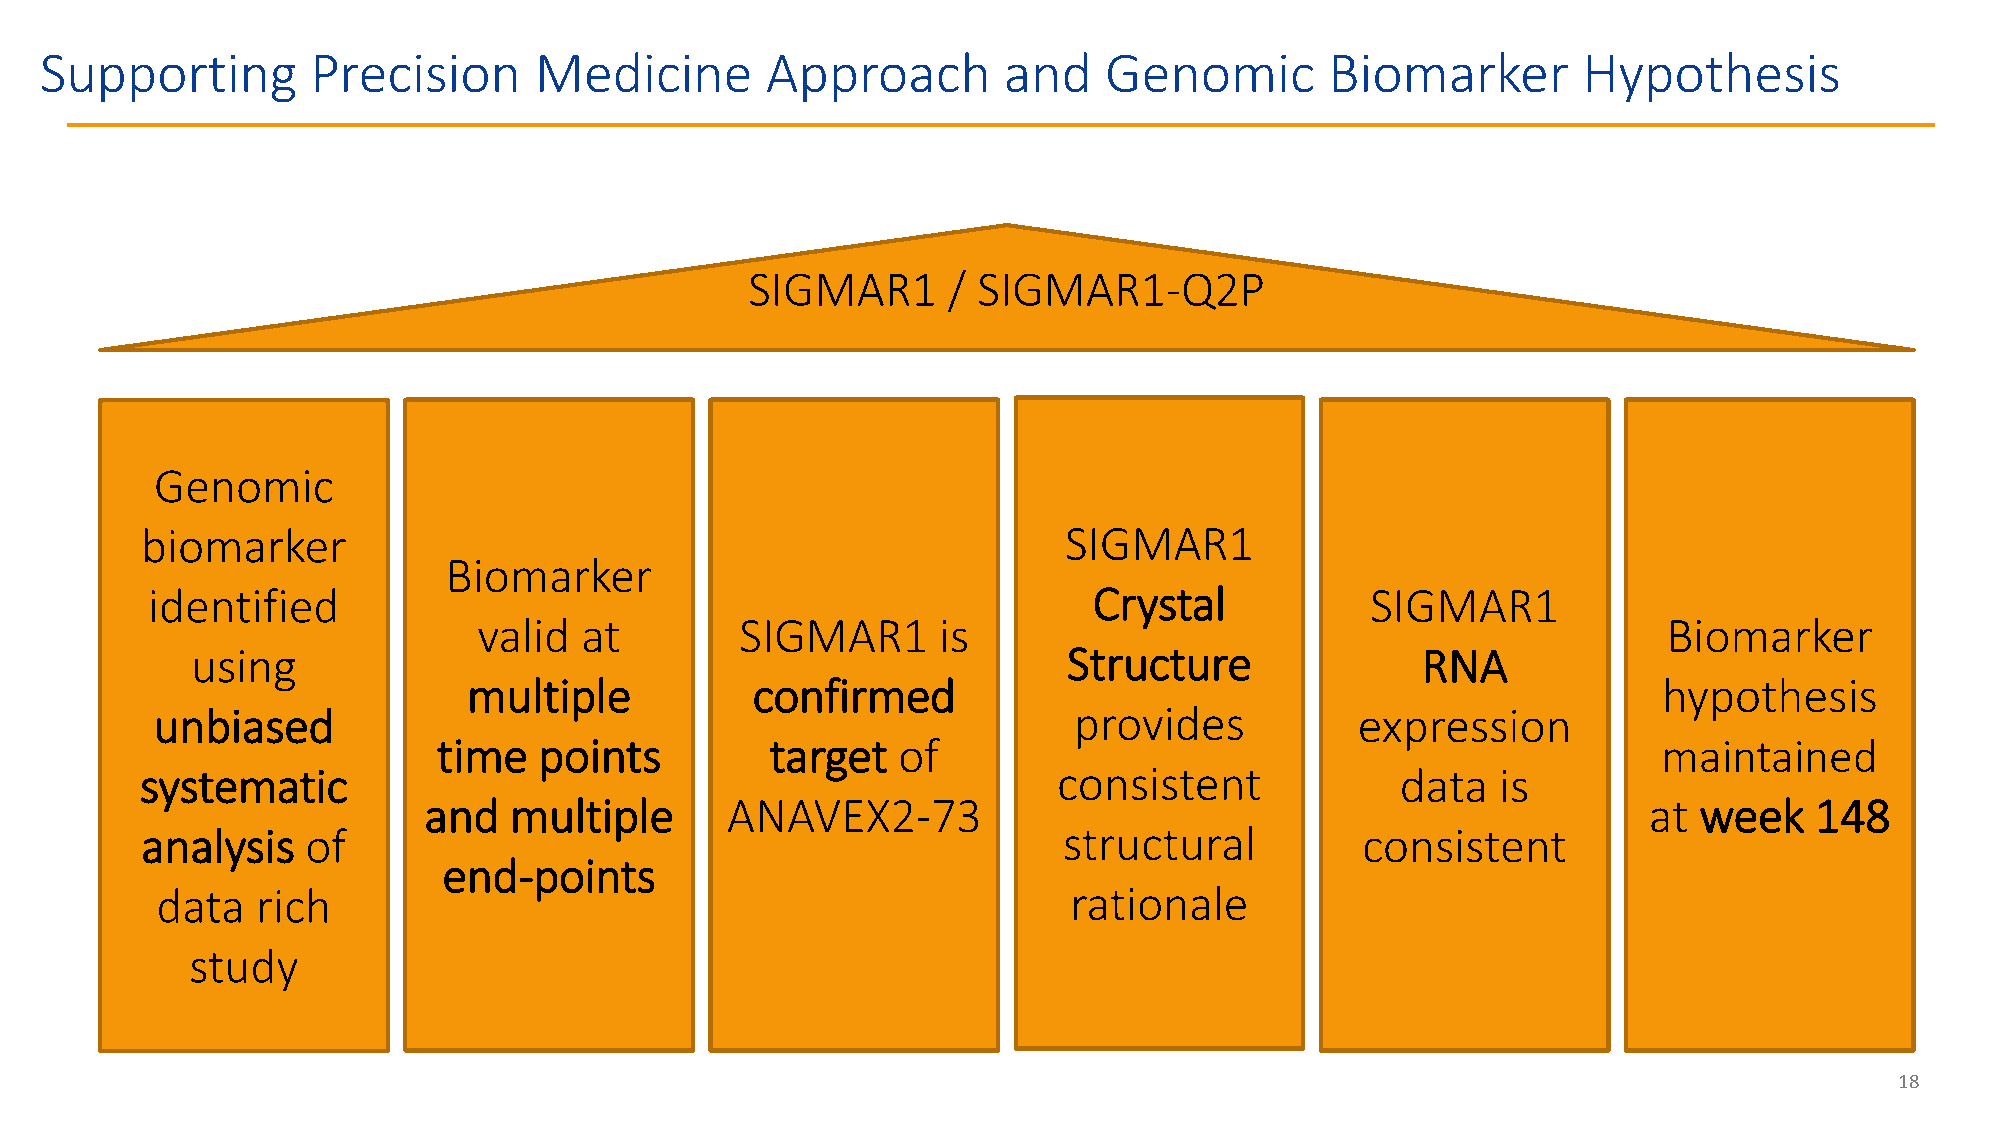
Supporting        Precision     Medicine        Approach       and    Genomic        Biomarker        Hypothesis
 SIGMAR1      / SIGMAR1-Q2P
 Genomic
 biomarker                                                    SIGMAR1
 Biomarker
 identified                                                    Crystal            SIGMAR1
 valid at         SIGMAR1      is                                              Biomarker
 using                                                     Structure              RNA
 multiple           confirmed                                                   hypothesis
 unbiased                                                     provides           expression
 time   points         target  of                                                 maintained
 systematic                                                   consistent             data  is
 and   multiple      ANAVEX2-73                                                   at week    148
 analysis   of                                                structural          consistent
 end-points
 data   rich                                                  rationale
 study
 18